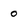
Character: 0